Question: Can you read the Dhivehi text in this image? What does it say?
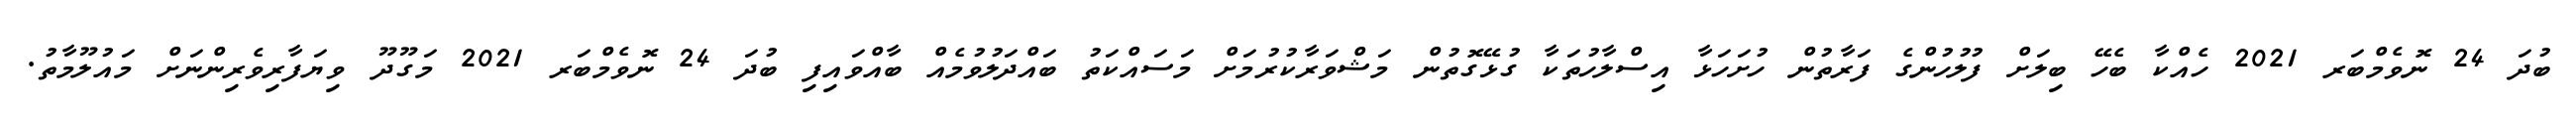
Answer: ބުދަ 24 ނޮވެމްބަރ 2021 ހެއްކާ ބެހޭ ބިލަށް ފުލުހުންގެ ފަރާތުން ހުށަހަޅާ އިސްލާހުތަކާ ގުޅޭގޮތުން މަޝްވަރާކުރުމަށް މަސައްކަތު ބައްދަލުވުމެއް ބާއްވައިފި ބުދަ 24 ނޮވެމްބަރ 2021 މަގޫދޫ ވިޔަފާރިވެރިންނަށް މައުލޫމާތު.